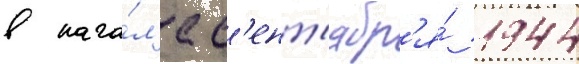
в нача́л'е с'ент'ябр'я́ 1944